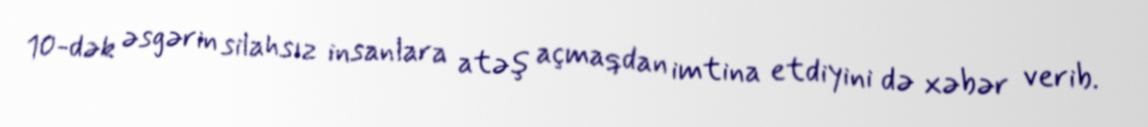
10-dək əsgərin silahsız insanlara atəş açmaqdan imtina etdiyini də xəbər verib.